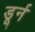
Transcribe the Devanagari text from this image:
डूर्न